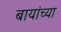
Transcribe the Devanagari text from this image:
बायांच्या